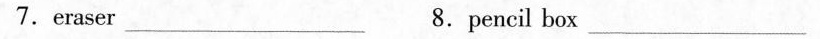
7.eraser _8.pencil box _